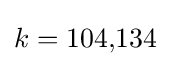
k=104{,}134